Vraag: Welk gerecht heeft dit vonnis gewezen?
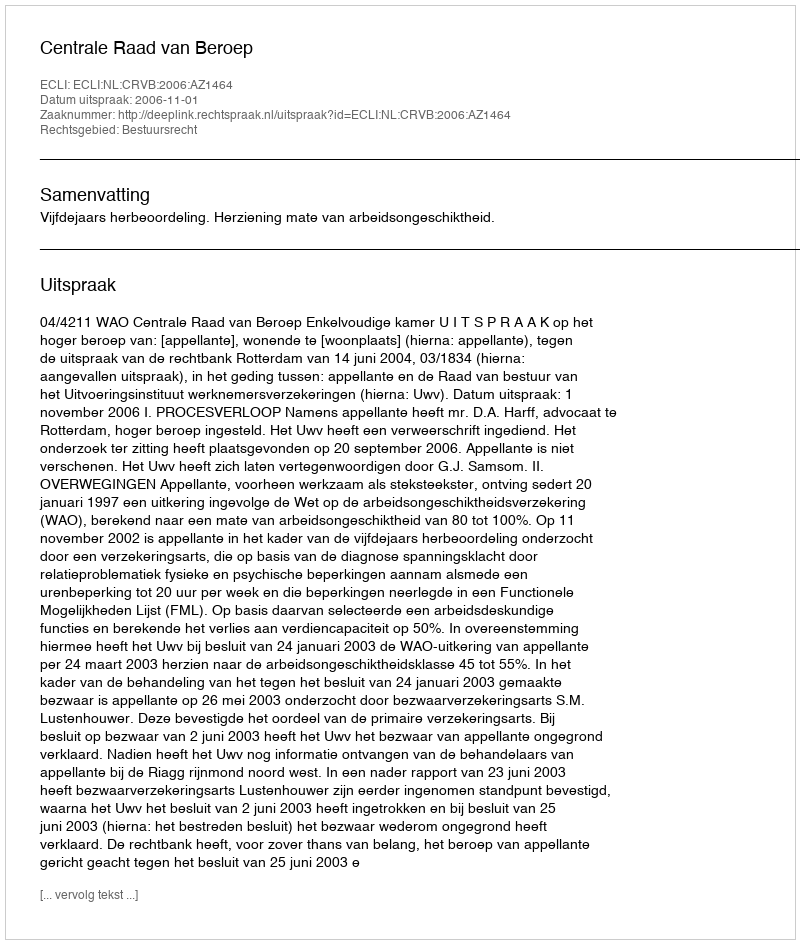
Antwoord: Centrale Raad van Beroep